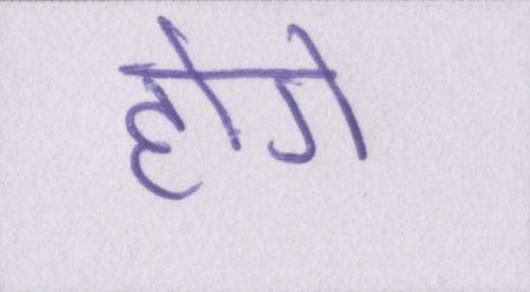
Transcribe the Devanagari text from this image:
होगे